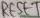
Text: RESET